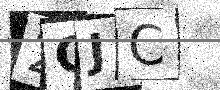
Text: 2GJC